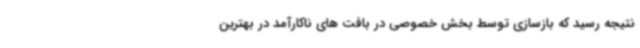
نتیجه رسید که بازسازی توسط بخش خصوصی در بافت های ناکارآمد در بهترین